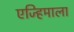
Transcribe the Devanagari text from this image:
एज्हिमाला